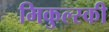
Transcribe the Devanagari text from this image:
मिकुल्स्की